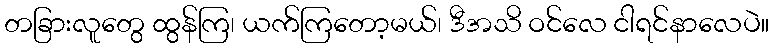
တခြားလူတွေ ထွန်ကြ၊ ယက်ကြတော့မယ်၊ ဒီအသိ ဝင်လေ ငါရင်နာလေပဲ။